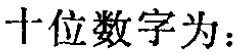
十位数字为：